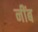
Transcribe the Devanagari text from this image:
नींब